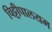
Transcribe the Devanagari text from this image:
चिट्टीपालयम